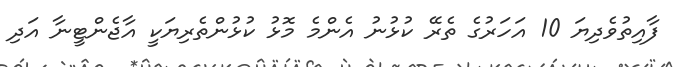
ފާއިތުވެދިޔަ 10 އަހަރުގެ ތެރޭ ކުޅުނު އެންމެ މޮޅު ކުޅުންތެރިޔަކީ އާޖެންޓީނާ އަދި